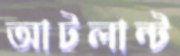
আটলান্ট